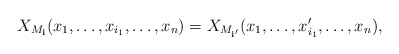
\begin{align*}X_{M_\mathbf i}(x_1,\dots,x_{i_1},\dots,x_n) = X_{M_{\mathbf i'}}(x_1, \dots, x_{i_1}', \dots, x_n),\end{align*}